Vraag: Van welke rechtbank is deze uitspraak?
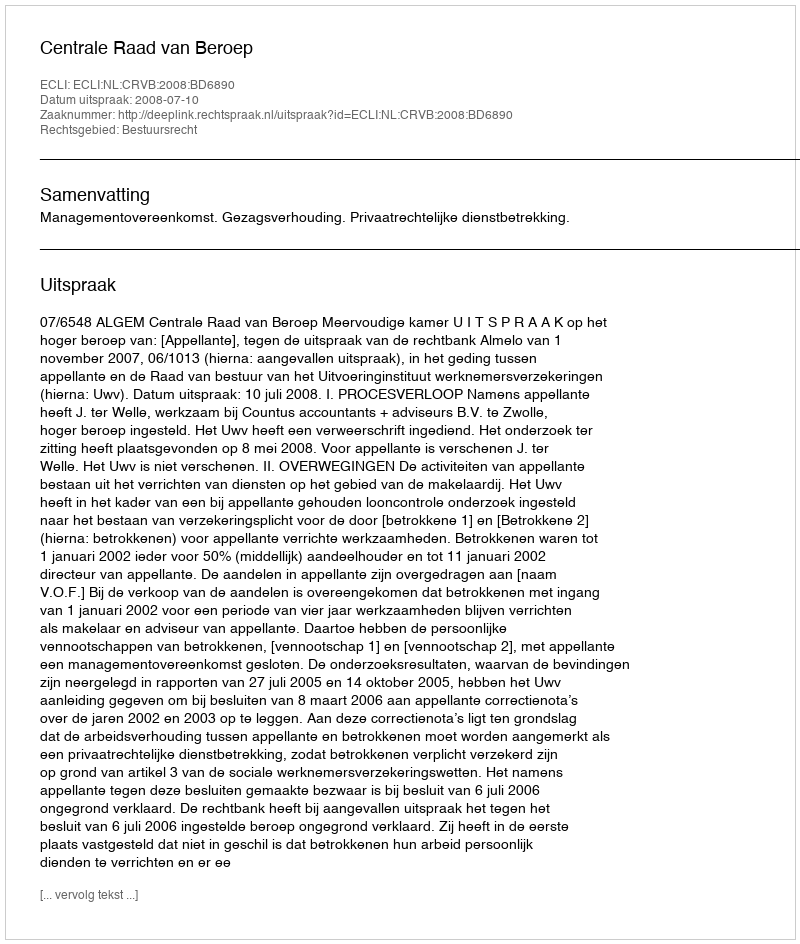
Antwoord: Centrale Raad van Beroep